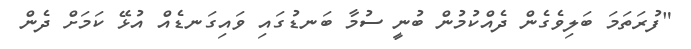
"ފުރަތަމަ ބަލިވެގެން ދެއްކުމުން ބުނީ ސުމާ ބަނޑުގައި ވައިގަނޑެއް އުޅޭ ކަމަށް ދެން